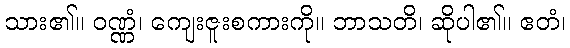
သား၏။ ဝဏ္ဏံ၊ ကျေးဇူးစကားကို။ ဘာသတိ၊ ဆိုပါ၏။ ဧတံ၊